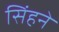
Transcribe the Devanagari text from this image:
सिंहने